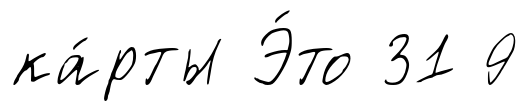
ка́рты Э́то 31 9